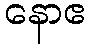
နောဧ